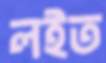
লইত